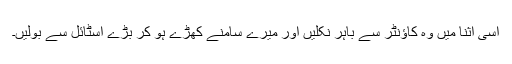
اسی اثنا میں وہ کاؤنٹر سے باہر نکلیں اور میرے سامنے کھڑے ہو کر بڑے اسٹائل سے بولیں۔